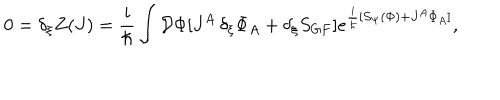
0 = \delta _ { \xi } Z ( J ) = \frac { i } { \hbar } \int { \cal { D } } \Phi [ J ^ { A } \, \delta _ { \xi } \Phi _ { A } + \delta _ { \xi } S _ { G F } ] e ^ { \frac { i } { \hbar } [ S _ { \Psi } ( \Phi ) + J ^ { A } \Phi _ { A } ] } ,